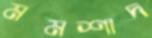
মমশাদ